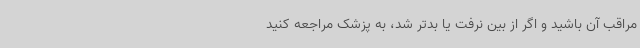
مراقب آن باشید و اگر از بین نرفت یا بدتر شد، به پزشک مراجعه کنید